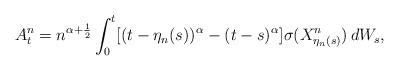
LaTeX: \begin{align*} A^n_t= n^{\alpha+\frac 12}\int^t_0 [(t-\eta_n(s))^{\alpha} - (t-s)^{\alpha}] \sigma(X^n_{\eta_{n}(s)})\, dW_s, \end{align*}